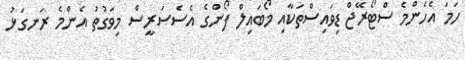
ހަމަ އެހެންމެ ސްޓޯރޭޖް ޑިވައިސްތަކާއި މޯބައިލް ފޯންގެ އެސެސަރީސް މިވަގުތު އެންމެ ރަނގަޅު